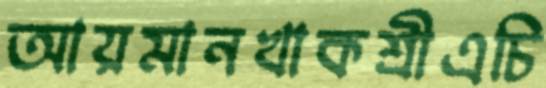
আয়মানখাকশ্রীএচি